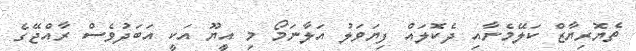
ތެޔޮރިޔާޒް ކަލޭމެނާއި ދެކޮލައް ފިޔަވަލު އަލާނަމޯ މި އީޔޫ އަކީ އަބަދުވެސް ރާއްޖޭގެ